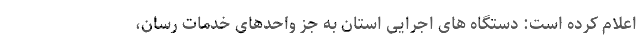
اعلام کرده است: دستگاه های اجرایی استان به جز واحدهای خدمات رسان،